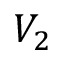
V _ { 2 }